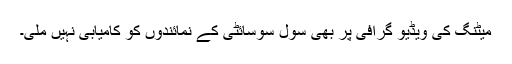
میٹنگ کی ویڈیو گرافی پر بھی سول سوسائٹی کے نمائندوں کو کامیابی نہیں ملی۔